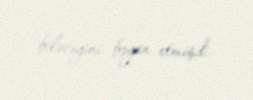
biləcəyini bəyan etmişdi.